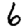
Digit: 6